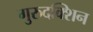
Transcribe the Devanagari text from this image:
गुरुदक्शिन